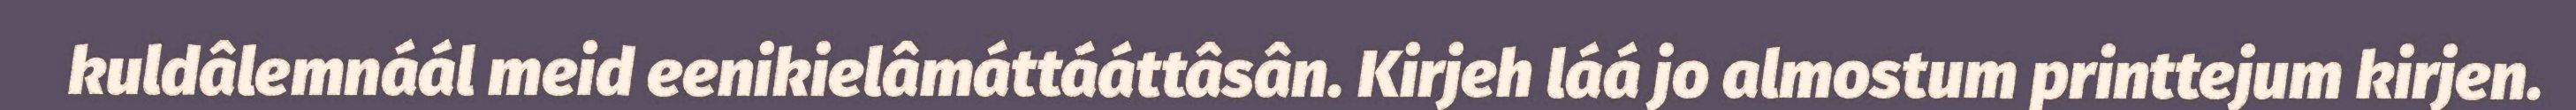
kuldâlemnáál meid eenikielâmáttááttâsân. Kirjeh láá jo almostum printtejum kirjen.